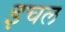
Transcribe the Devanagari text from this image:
इचल